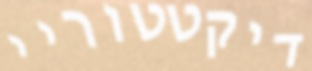
דיקטטוריי